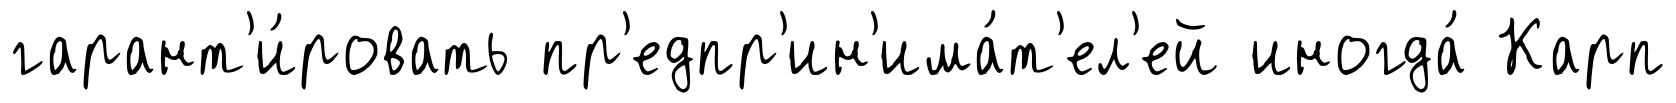
гарант'и́ровать пр'едпр'ин'има́т'ел'ей иногда́ Карп